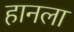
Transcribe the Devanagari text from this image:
हानला